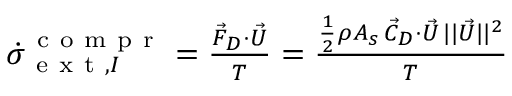
\begin{array} { r } { \dot { { \sigma } } _ { \mathrm { ~ e ~ x ~ t ~ } , I } ^ { \mathrm { ~ c ~ o ~ m ~ p ~ r ~ } } = \frac { \vec { F } _ { D } \cdot \vec { U } } { T } = \frac { \frac { 1 } { 2 } \rho A _ { s } \, \vec { C } _ { D } \cdot \vec { U } \, | | \vec { U } | | ^ { 2 } } { T } } \end{array}